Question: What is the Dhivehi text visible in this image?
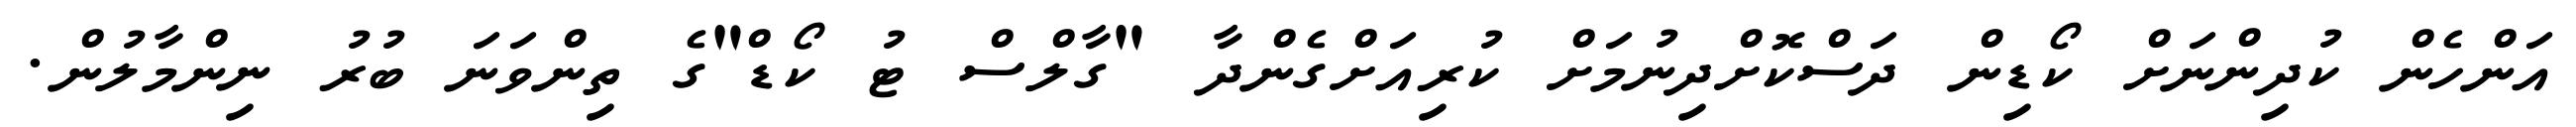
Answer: އަންހެން ކުދިންނަށް ކޯޑިން ދަސްކޮށްދިނުމަށް ކުރިއަށްގެންދާ "ގާލްސް ޓު ކޯޑް"ގެ ތިންވަނަ ބުރު ނިންމާލުން.